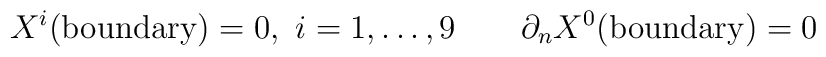
X^i ({\rm boundary}) = 0,~i=1,\dots, 9 \qquad \partial _n X^0 ({\rm boundary}) = 0